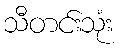
သီတင်းသုံး